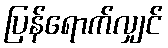
ပြန်ရောက်လျှင်